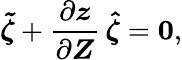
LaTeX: \boldsymbol{\tilde{\zeta}}+\frac{\partial\boldsymbol z}{\partial\boldsymbol Z}\, \boldsymbol{\hat{\zeta}}=\boldsymbol 0,